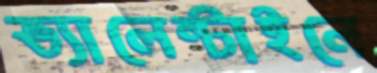
ভ্যালেন্টাইনে